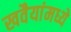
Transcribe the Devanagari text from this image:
खवैयांमध्ये